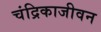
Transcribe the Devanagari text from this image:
चंद्रिकाजीवन